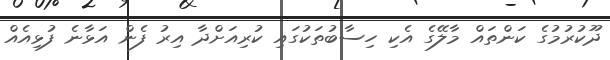
ދޫކުރުމުގެ ކަންތައް މާލޭގެ އެކި ހިސާބުތަކުގައި ކުރިއަށްދާ އިރު ފެން އަޅާނެ ފުޅިއެއް